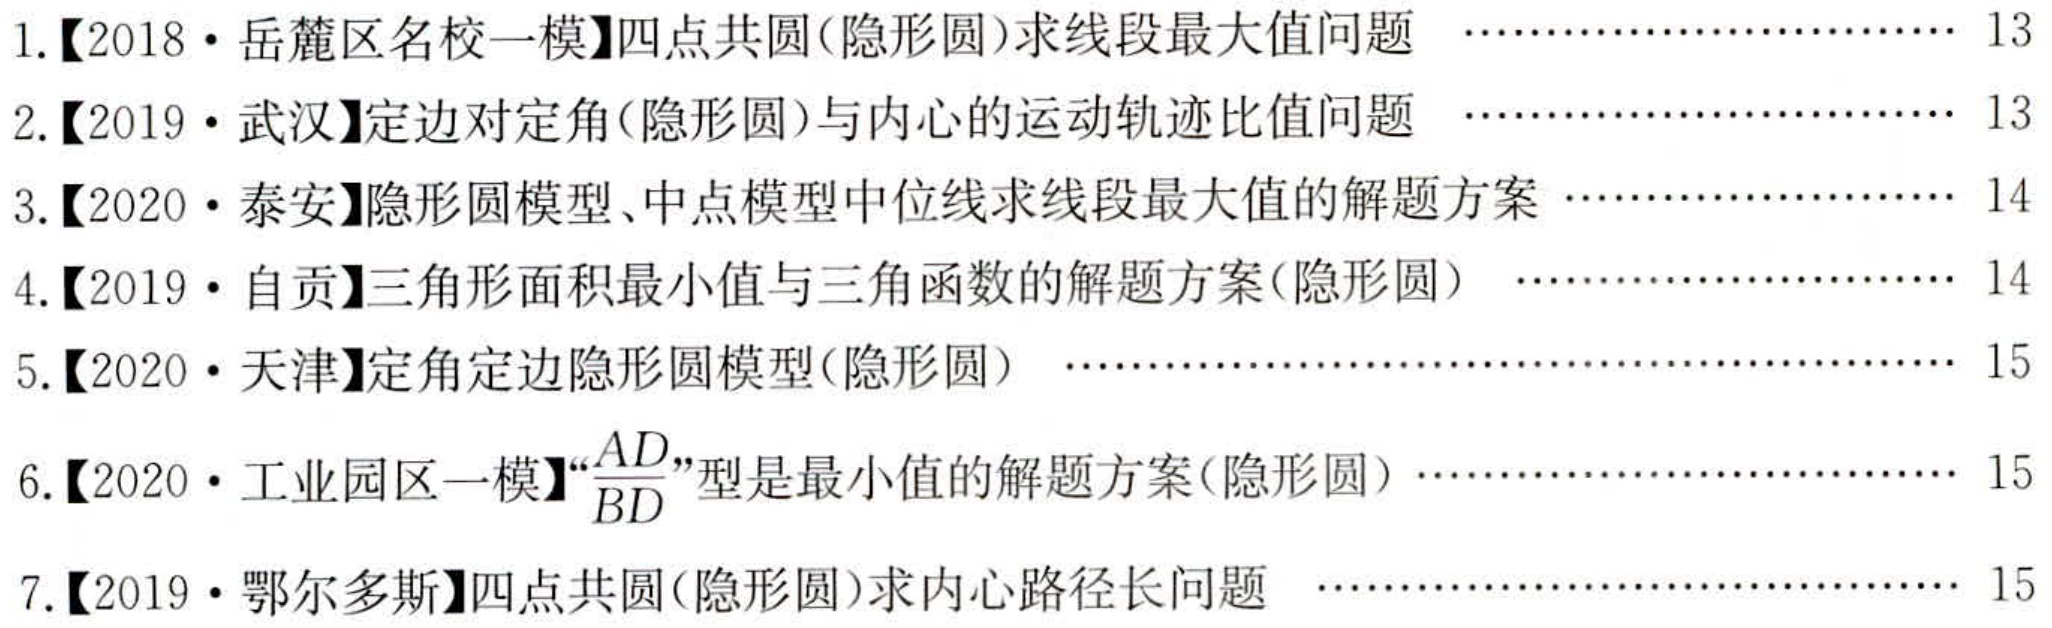
1.【2018·岳麓区名校一模】四点共圆(隐形圆)求线段最大值问题 …… 13

2.【2019·武汉】定边对定角(隐形圆)与内心的运动轨迹比值问题 …… 13

3.【2020·泰安】隐形圆模型、中点模型中位线求线段最大值的解题方案 …… 14

4.【2019·自贡】三角形面积最小值与三角函数的解题方案(隐形圆) …… 14

5.【2020·天津】定角定边隐形圆模型(隐形圆) …… 15

6.【2020·工业园区一模】“\(\frac{AD}{BD}\)”型是最小值的解题方案(隐形圆) …… 15

7.【2019·鄂尔多斯】四点共圆(隐形圆)求内心路径长问题 …… 15